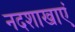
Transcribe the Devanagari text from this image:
नदशाखाएं